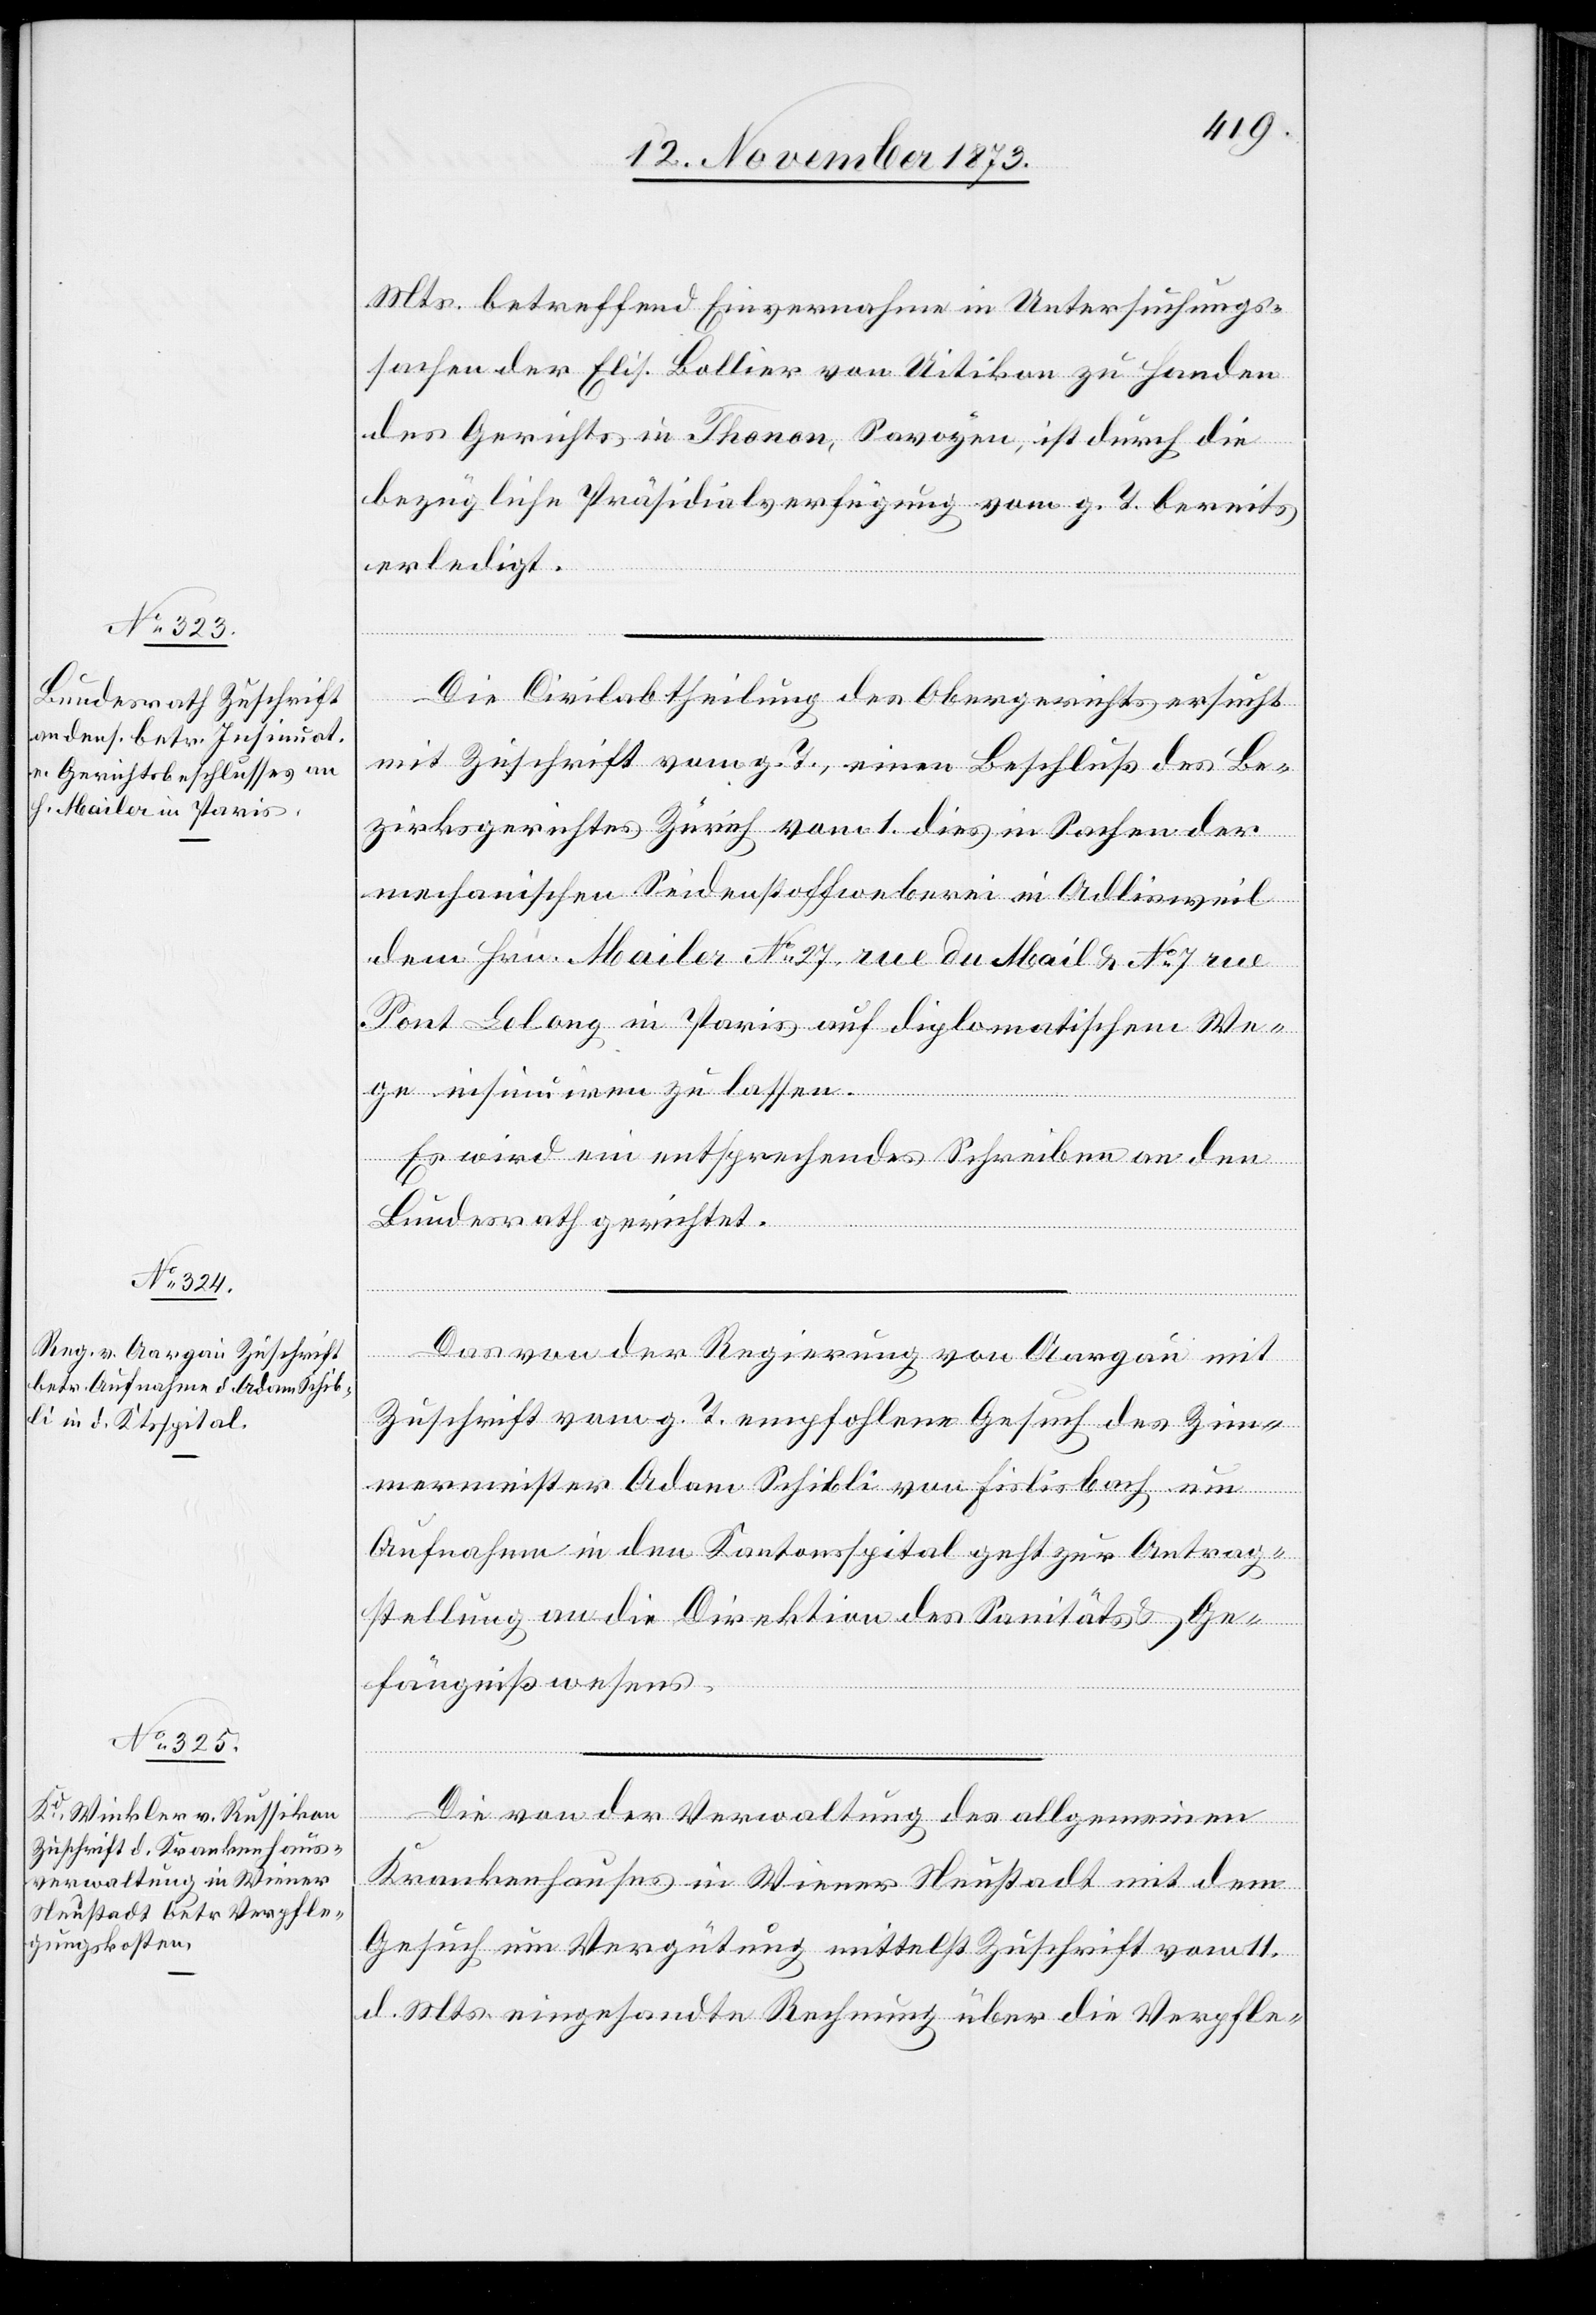
13. November 1873.]
Mts. betreffend Einvernahme in Untersuchungs¬
sachen der Elis. Bollier von Uitikon zu Handen
des Gerichts in Thonon, Savoyen, ist durch die
bezügliche Präsidialverfügung vom g. T. bereits
erledigt.
Die Civilabtheilung des Obergerichts ersucht
mit Zuschrift vom g. T., einen Beschluß des Be¬
zirksgerichtes Zürich vom 1. dies in Sachen der
mechanischen Seidenstoffweberei in Adlisweil
dem Hrn. Mailer No 27 rue du Mail & No 7 rue
Pont Lelong in Paris auf diplomatischem We¬
ge insinuiren zu lassen.
Es wird ein entsprechendes Schreiben an den
Bundesrath gerichtet.
Das von der Regierung von Aargau mit
Zuschrift vom g. T. empfohlene Gesuch des Zim¬
mermeister Adam Schibli von Fislisbach um
Aufnahme in den Kantonsspital geht zur Antrag¬
stellung an die Direktion des Sanitäts- & Ge¬
fängnißwesens.
Die von der Verwaltung des allgemeinen
Krankenhauses in Wiener Neustadt mit dem
Gesuch um Vergütung mittelst Zuschrift vom 11.
d. Mts. eingesandte Rechnung über die Verpfle-